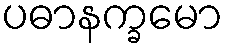
ပဓာနက္ခမော